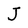
Character: J